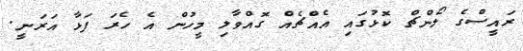
ރައީސްގެ ލޯންޗް ކޮޅުގައި އެއްޗެއް ގޮއްވާލި މީހުން އެ ހެރަ ފަޅާ އަރަނީ.